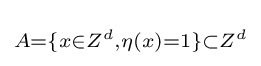
\scriptstyle A=\{x\in Z^{d},\eta (x)=1\}\subset Z^{d}